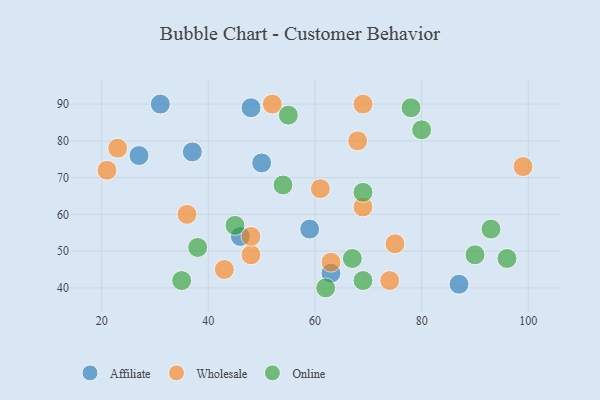
{"axis": {"x": "GDP", "y": "Life Expectancy"}, "legend": ["Affiliate", "Online", "Wholesale"], "data": [{"x": "37", "y": 77, "type": "Affiliate"}, {"x": "31", "y": 90, "type": "Affiliate"}, {"x": "27", "y": 76, "type": "Affiliate"}, {"x": "63", "y": 44, "type": "Affiliate"}, {"x": "59", "y": 56, "type": "Affiliate"}, {"x": "87", "y": 41, "type": "Affiliate"}, {"x": "48", "y": 89, "type": "Affiliate"}, {"x": "46", "y": 54, "type": "Affiliate"}, {"x": "50", "y": 74, "type": "Affiliate"}, {"x": "69", "y": 62, "type": "Wholesale"}, {"x": "63", "y": 47, "type": "Wholesale"}, {"x": "74", "y": 42, "type": "Wholesale"}, {"x": "68", "y": 80, "type": "Wholesale"}, {"x": "21", "y": 72, "type": "Wholesale"}, {"x": "75", "y": 52, "type": "Wholesale"}, {"x": "61", "y": 67, "type": "Wholesale"}, {"x": "99", "y": 73, "type": "Wholesale"}, {"x": "52", "y": 90, "type": "Wholesale"}, {"x": "43", "y": 45, "type": "Wholesale"}, {"x": "48", "y": 49, "type": "Wholesale"}, {"x": "69", "y": 90, "type": "Wholesale"}, {"x": "23", "y": 78, "type": "Wholesale"}, {"x": "48", "y": 54, "type": "Wholesale"}, {"x": "36", "y": 60, "type": "Wholesale"}, {"x": "62", "y": 40, "type": "Online"}, {"x": "90", "y": 49, "type": "Online"}, {"x": "35", "y": 42, "type": "Online"}, {"x": "93", "y": 56, "type": "Online"}, {"x": "96", "y": 48, "type": "Online"}, {"x": "67", "y": 48, "type": "Online"}, {"x": "45", "y": 57, "type": "Online"}, {"x": "80", "y": 83, "type": "Online"}, {"x": "78", "y": 89, "type": "Online"}, {"x": "69", "y": 66, "type": "Online"}, {"x": "69", "y": 42, "type": "Online"}, {"x": "38", "y": 51, "type": "Online"}, {"x": "54", "y": 68, "type": "Online"}, {"x": "55", "y": 87, "type": "Online"}]}